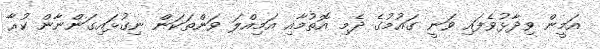
އަމީން ވިދާޅުވެފައި ވަނީ ގައުމުގެ ދެމި އޮތުމާއި އަމިއްލަ ވަންތަކަން ނިގުޅައިގަންނާން ކުރާ